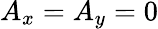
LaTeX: A_{x}=A_{y}=0